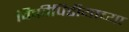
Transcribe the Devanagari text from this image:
विकीपिडीयाच्या